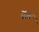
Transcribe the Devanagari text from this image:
र्रोयें